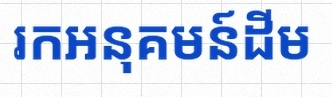
រកអនុគមន៍ដើម